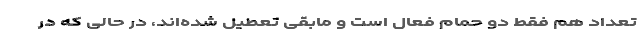
تعداد هم فقط دو حمام فعال است و مابقی تعطیل شده‌اند، در حالی که در